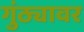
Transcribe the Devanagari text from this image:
गुंठ्यावर